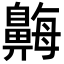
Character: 𪖫